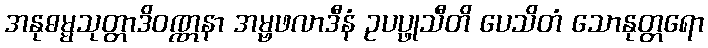
အနုဓမ္မသုတ္တာဒိဝဏ္ဏနာ အမ္ဗဖလာဒီနံ ဥပပ္ဖုသီတိ ပေသိတံ သောနုတ္တရော